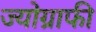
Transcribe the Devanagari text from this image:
ज्योग्राफी